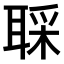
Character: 𫆇